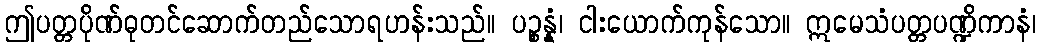
ဤပတ္တပိုဏ်ဓုတင်ဆောက်တည်သောရဟန်းသည်။ ပဉ္စန္နံ၊ ငါးယောက်ကုန်သော။ ဣမေသံပတ္တပဏ္ဍိကာနံ၊